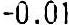
-0.01